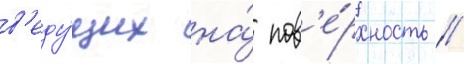
в'еду́щих на́ пов'е́рхность //